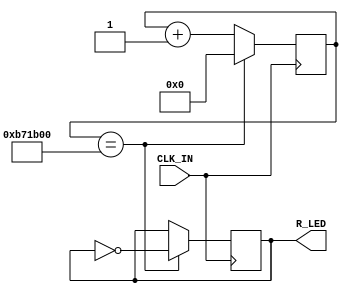
module demo (
    input wire CLK_IN,
    output wire R_LED
);
    parameter time1 = 30'd12_000_000;
    reg led_state;
    reg [29:0] count;

    always @(posedge CLK_IN)begin
        if(count == time1)begin
            count<= 30'd0;
            led_state <= ~led_state;
        end
        else
            count <= count + 1'b1;
    end
    assign R_LED = led_state;
endmodule